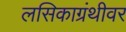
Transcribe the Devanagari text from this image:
लसिकाग्रंथीवर